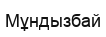
Мұндызбай